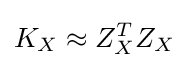
K_{X}\approx Z_{X}^{T}Z_{X}